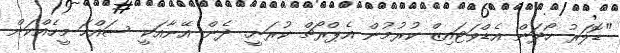
"ޑޮލަރު ހޯދަން އެޑްވަޓައިޒް ކުރުމުން އެޕްރޯޗް ކުރަނީ. ދެން އޭނާއަކީ ސައްހަ މީހެއްކަން